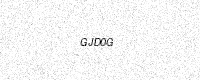
Text: GJD0G